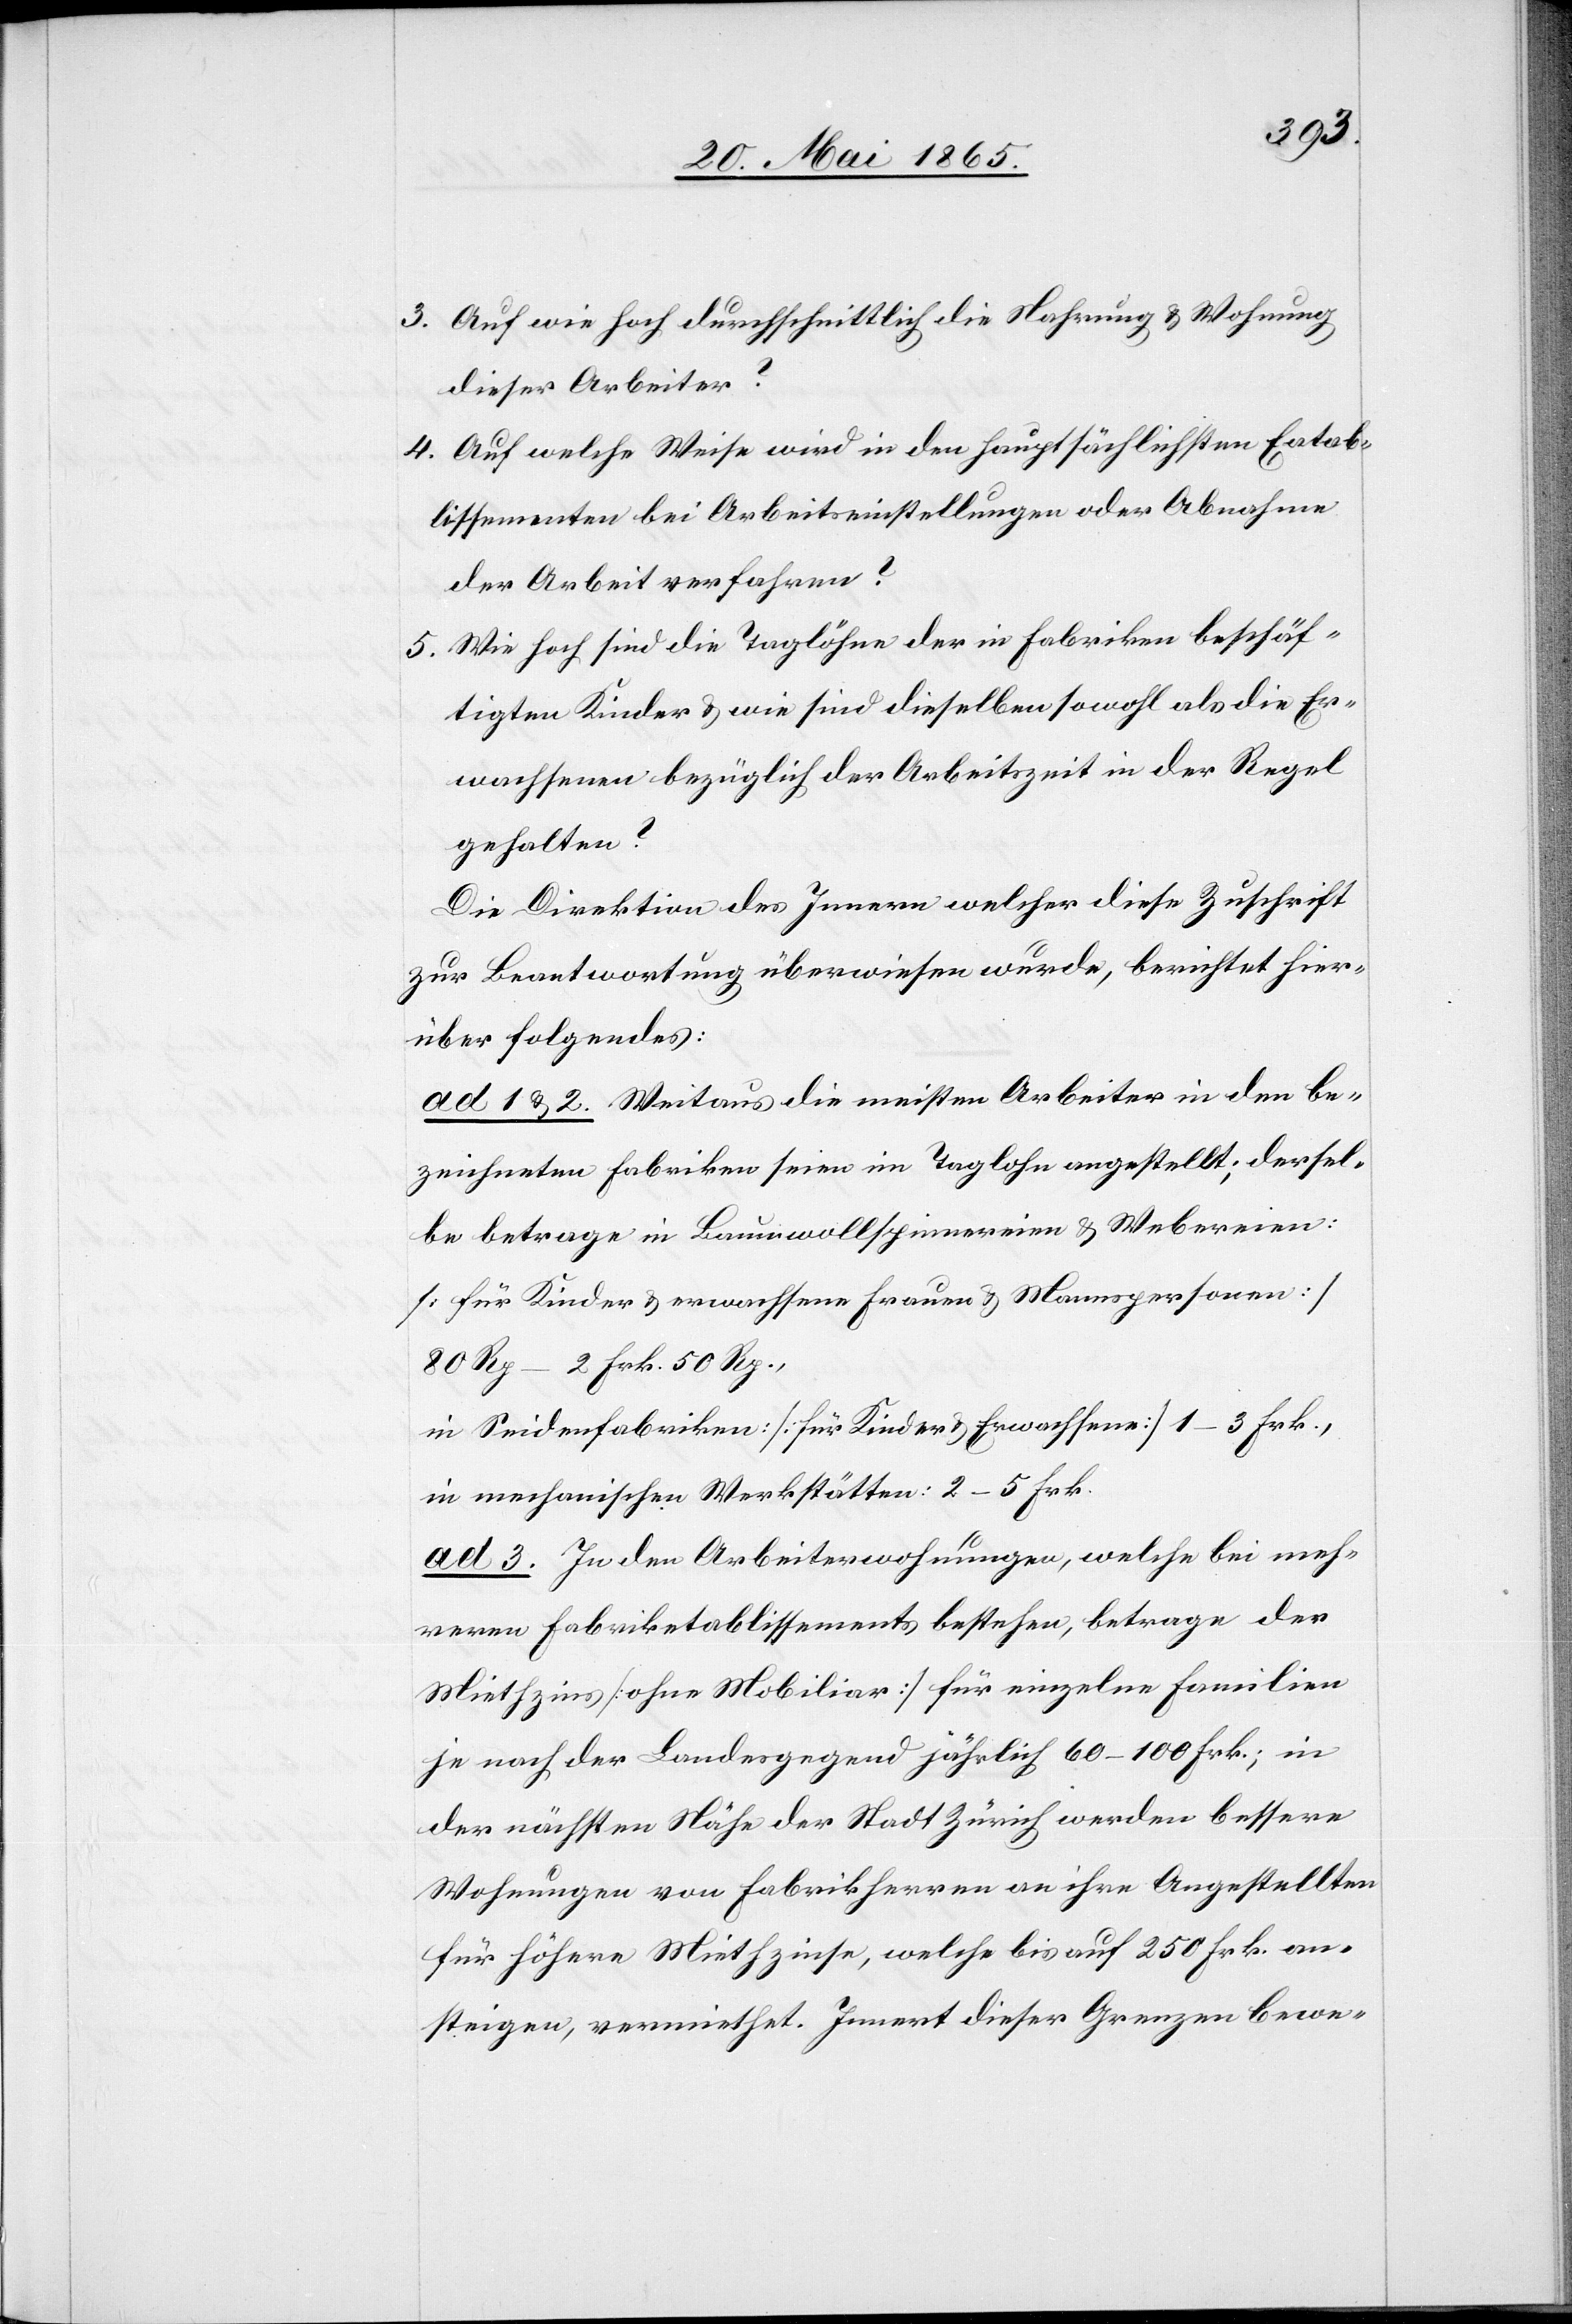
3. Auf wie hoch durchschnittlich die Nahrung & Wohnung
dieser Arbeiter?
4. Auf welche Weise wird in den hauptsächlichsten Eatab¬
lissementen [sic!] bei Arbeitseinstellungen oder Abnahme
der Arbeit verfahren?
5. Wie hoch sind die Taglöhne der in Fabriken beschäf¬
tigten Kinder & wie sind dieselben sowohl als die Er¬
wachsenen bezüglich der Arbeitszeit in der Regel
gehalten?
Die Direktion des Innern welcher diese Zuschrift
zur Beantwortung überwiesen wurde, berichtet hier¬
über folgendes:
ad 1 & 2. Weitaus die meisten Arbeiter in den be¬
zeichneten Fabriken seien im Taglohn angestellt; dersel¬
be betrage in Baumwollspinnereien & Webereien:
[für Kinder & Erwachsene Frauen & Mannspersonen]
80 Rp–2 Frk. 50 Rp.,
in Seidenfabriken: [für Kinder & Erwachsene] 1–3 Frk.,
in mechanischen Werkstätten: 2–5 Frk.
ad 3. In den Arbeiterwohnungen, welche bei meh¬
reren Fabriketablissements bestehen, betrage der
Miethzins [ohne Mobiliar] für einzelne Familien
je nach der Landesgegend jährlich 60–100 Frk.; in
der nächsten Nähe der Stadt Zürich werden bessere
Wohnungen von Fabrikherren an ihre Angestellten
für höhere Miethzinse, welche bis auf 250 Frk. an¬
steigen, vermiethet. Innert dieser Grenzen bewe-